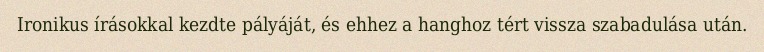
Ironikus írásokkal kezdte pályáját, és ehhez a hanghoz tért vissza szabadulása után.